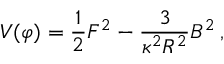
V ( \varphi ) = \frac { 1 } { 2 } F ^ { 2 } - \frac { 3 } { \kappa ^ { 2 } R ^ { 2 } } { \cal B } ^ { 2 } \, ,